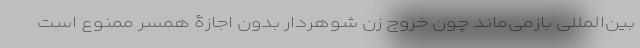
بین‌المللی بازمی‌ماند چون خروج زن شوهر‌دار بدون اجازۀ همسر ممنوع است